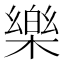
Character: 樂